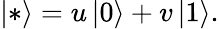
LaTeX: \left|*\right>=u\left|0\right>+v\left|1\right>.